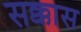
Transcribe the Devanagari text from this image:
सक्कास